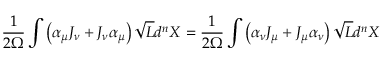
\frac { 1 } { 2 \Omega } \int \left( \alpha _ { \mu } J _ { \nu } + J _ { \nu } \alpha _ { \mu } \right) \sqrt { L } d ^ { n } X = \frac { 1 } { 2 \Omega } \int \left( \alpha _ { \nu } J _ { \mu } + J _ { \mu } \alpha _ { \nu } \right) \sqrt { L } d ^ { n } X